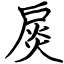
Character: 扊